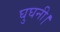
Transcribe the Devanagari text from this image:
घुघनी।